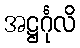
အဋ္ဌင်္ဂုလိ